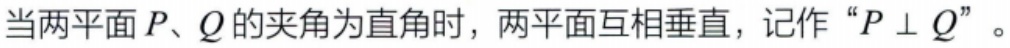
当两平面\(P、Q\)的夹角为直角时，两平面互相垂直，记作“\(P\perp Q\)”。